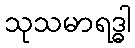
သုသမာရဒ္ဓါ